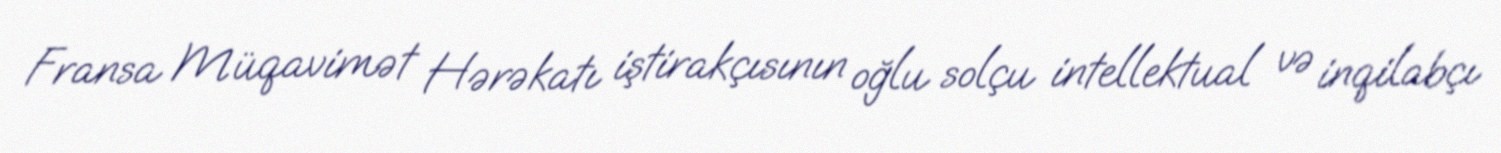
Fransa Müqavimət Hərəkatı iştirakçısının oğlu solçu intellektual və inqilabçı